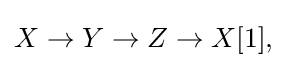
X\to Y\to Z\to X[1],\